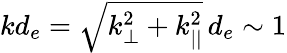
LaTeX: kd_{e}=\sqrt{k_{\perp}^{2}+k_{||}^{2}}\, d_{e}\sim 1